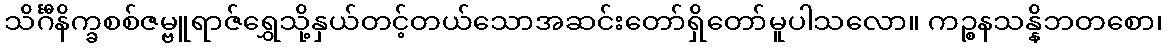
သိင်္ဂီနိက္ခစစ်ဇမ္ဗူရာဇ်ရွှေသို့နှယ်တင့်တယ်သောအဆင်းတော်ရှိတော်မူပါသလော။ ကဉ္စနသန္နိဘတစော၊